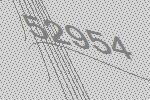
52954